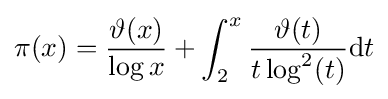
\pi (x)={\frac {\vartheta (x)}{\log x}}+\int _{2}^{x}{\frac {\vartheta (t)}{t\log ^{2}(t)}}\mathrm {d} t